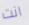
انت